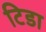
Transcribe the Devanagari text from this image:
टिडा